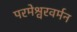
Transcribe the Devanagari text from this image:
परमेश्वरवर्मन